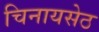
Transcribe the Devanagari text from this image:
चिनायसेठ